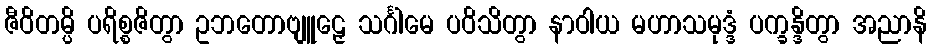
ဇီဝိတမ္ပိ ပရိစ္စဇိတွာ ဥဘတောဗျူဠှေ သင်္ဂါမေ ပဝိသိတွာ နာဝါယ မဟာသမုဒ္ဒံ ပက္ခန္ဒိတွာ အညာနိ